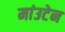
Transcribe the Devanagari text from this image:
मांउटेन